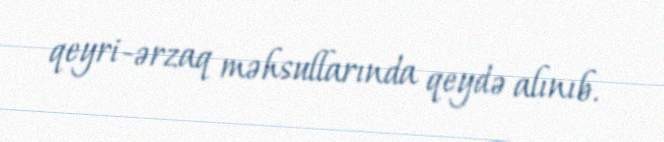
qeyri-ərzaq məhsullarında qeydə alınıb.